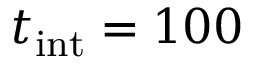
t _ { \mathrm { i n t } } = 1 0 0